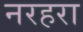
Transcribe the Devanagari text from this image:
नरहरा